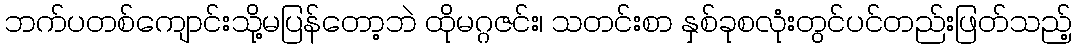
ဘက်ပတစ်ကျောင်းသို့မပြန်တော့ဘဲ ထိုမဂ္ဂဇင်း၊ သတင်းစာ နှစ်ခုစလုံးတွင်ပင်တည်းဖြတ်သည့်